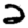
Digit: 2